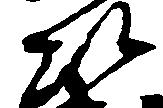
次